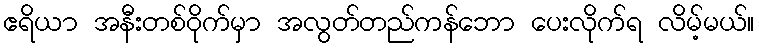
ဧရိယာ အနီးတစ်ဝိုက်မှာ အလွတ်တည်ကန်ဘော ပေးလိုက်ရ လိမ့်မယ်။